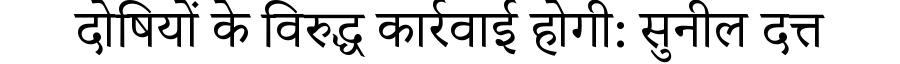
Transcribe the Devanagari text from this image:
दोषियों के विरुद्ध कार्रवाई होगी: सुनील दत्त